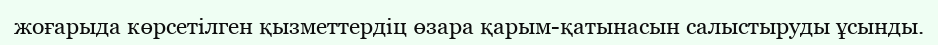
жоғарыда көрсетілген қызметтердіц өзара қарым-қатынасын салыстыруды ұсынды.